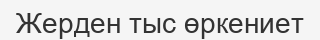
Жерден тыс өркениет